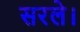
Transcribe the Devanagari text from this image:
सरले।